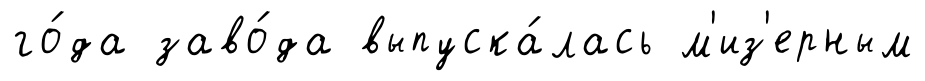
го́да заво́да выпуска́лась м'из'ерным